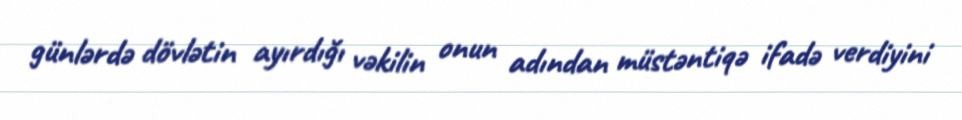
günlərdə dövlətin ayırdığı vəkilin onun adından müstəntiqə ifadə verdiyini